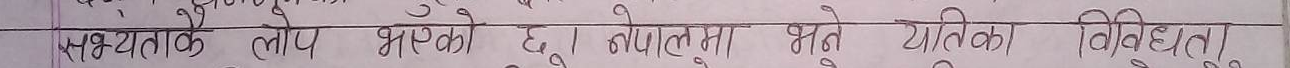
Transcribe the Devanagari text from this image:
सभ्यताको लोप भएको छु। नेपालमा भने यतिका विविधता